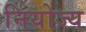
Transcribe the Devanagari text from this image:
नियोज्य